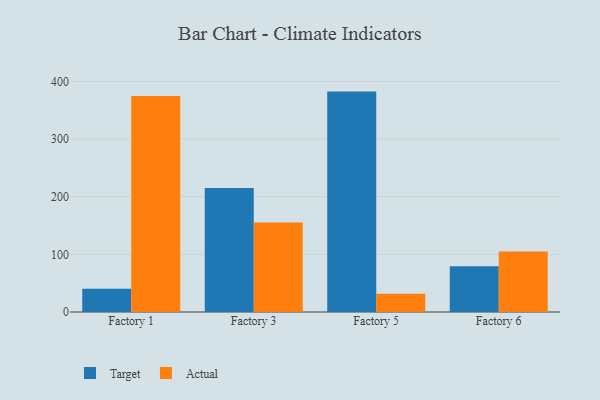
{"axis": {"x": "Factory", "y": "Shipments"}, "legend": ["Actual", "Target"], "data": [{"x": "Factory 1", "y": 40.4, "type": "Target"}, {"x": "Factory 1", "y": 374.5, "type": "Actual"}, {"x": "Factory 3", "y": 215.2, "type": "Target"}, {"x": "Factory 3", "y": 155.4, "type": "Actual"}, {"x": "Factory 5", "y": 382.3, "type": "Target"}, {"x": "Factory 5", "y": 31.5, "type": "Actual"}, {"x": "Factory 6", "y": 79.5, "type": "Target"}, {"x": "Factory 6", "y": 104.8, "type": "Actual"}]}